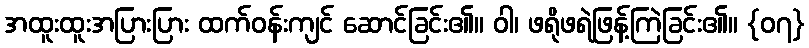
အထူးထူးအပြားပြား ထက်ဝန်းကျင် ဆောင်ခြင်း၏။ ဝါ၊ ဖရိုဖရဲဖြန့်ကြဲခြင်း၏။ {၀၇}